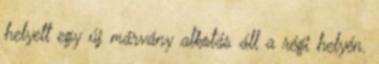
helyett egy új márvány alkotás áll a régi helyén.